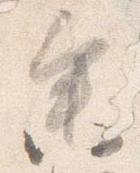
参